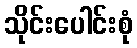
သိုင်းပေါင်းစုံ